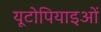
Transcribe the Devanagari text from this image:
यूटोपियाइओं